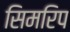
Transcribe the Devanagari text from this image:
सिमरिप